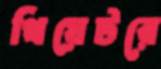
থিয়েটরে